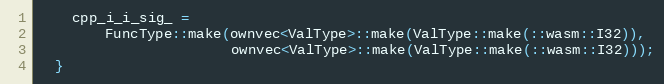
Language: C
    cpp_i_i_sig_ =
        FuncType::make(ownvec<ValType>::make(ValType::make(::wasm::I32)),
                       ownvec<ValType>::make(ValType::make(::wasm::I32)));
  }